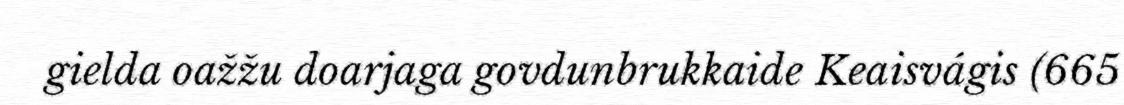
gielda oažžu doarjaga govdunbrukkaide Keaisvágis (665